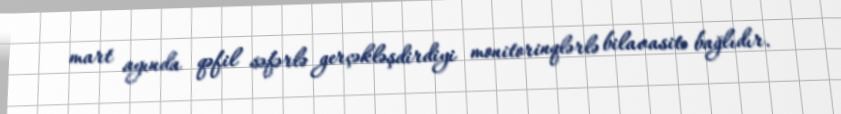
mart ayında qəfil səfərlə gerçəkləşdirdiyi monitorinqlərlə bilavasitə bağlıdır.